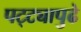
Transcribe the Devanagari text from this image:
पट्ट्यापुढे